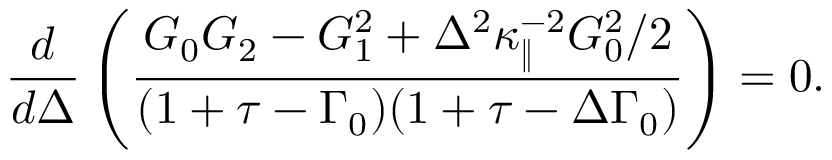
\frac { d } { d \Delta } \left( \frac { G _ { 0 } G _ { 2 } - G _ { 1 } ^ { 2 } + \Delta ^ { 2 } \kappa _ { \| } ^ { - 2 } G _ { 0 } ^ { 2 } / 2 } { ( 1 + \tau - \Gamma _ { 0 } ) ( 1 + \tau - \Delta \Gamma _ { 0 } ) } \right) = 0 .